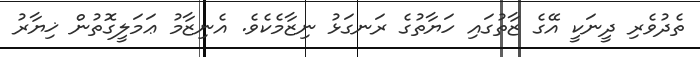
ތެދުވެރި ދީނަކީ އޭގެ ޒާތުގައި ހަޔާތުގެ ރަނގަޅު ނިޒާމެކެވެ. އެނިޒާމު ޢަމަލީގޮތުން ޚިޔާރު